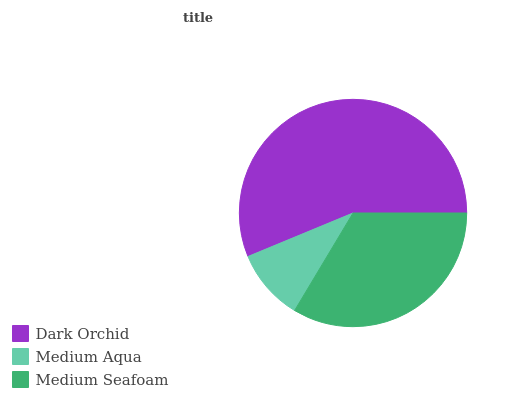
| Dark Orchid | Medium Aqua | Medium Seafoam |
 | --- | --- | --- |
 | 56.2% | 10.2% | 33.6% |